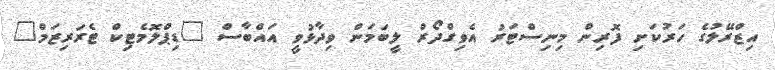
އިޒްރޭލުގެ ހަރުކަށި ފޮރިން މިނިސްޓަރު އެވިގްދޯރް ލީބަމަން ވިދާޅުވީ އައްބާސް "ޑިޕްލޮމެޓިކް ޓެރަރިޒަމް"